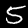
Label: 5